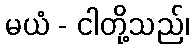
မယံ - ငါတို့သည်၊